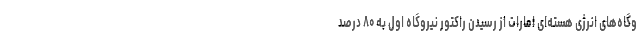
وگاه‌های انرژی هسته‌ای امارات از رسیدن راکتور نیروگاه اول به ۸۰ درصد